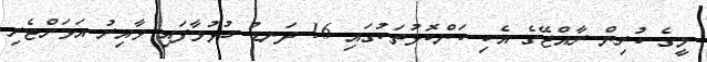
މީގެ ކުރިން ރާއްޖޭގެ އެކި ކަންކޮޅުތަކުގައި 16 ދަނޑު ހުޅުވާފައި ވާއިރު އަވަށްޓެރި